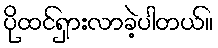
ပိုထင်ရှားလာခဲ့ပါတယ်။